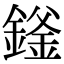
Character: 𬫻